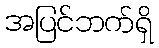
အပြင်ဘက်ရှိ